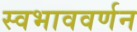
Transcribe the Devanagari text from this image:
स्वभाववर्णन